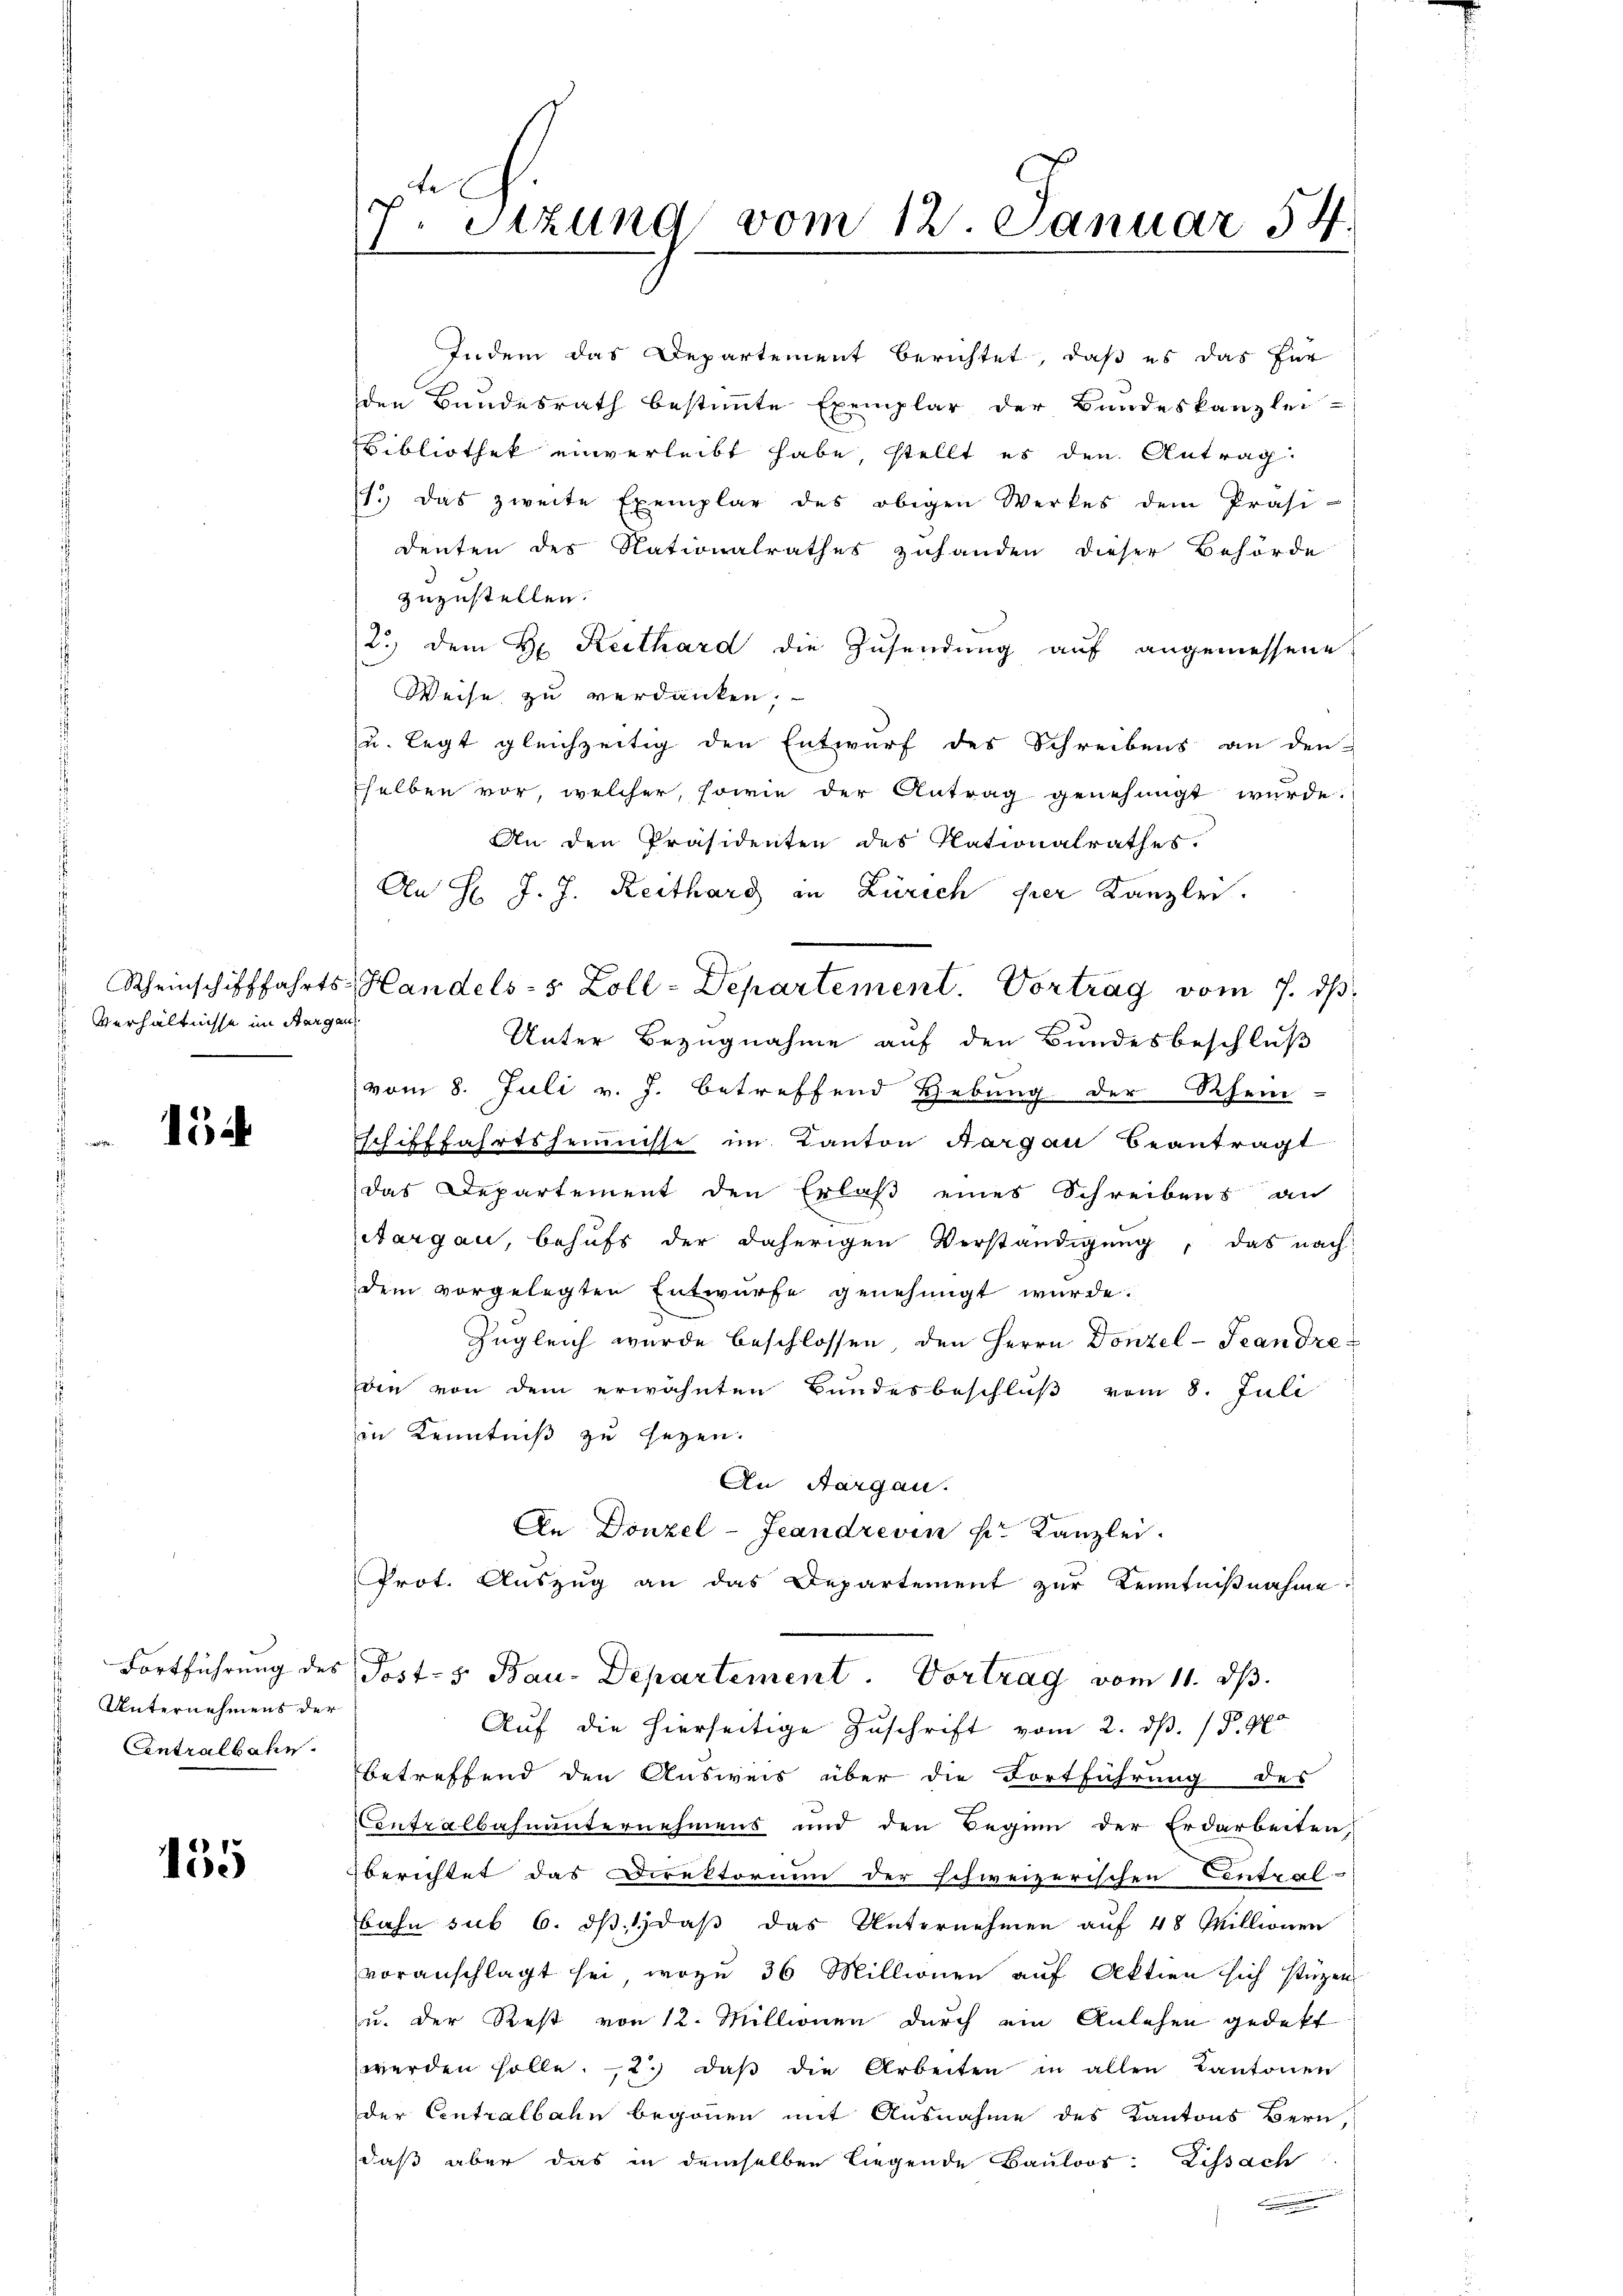
Verhältnisse im Sargau

1

Unternehmens der
Antralbahn.

135

de
7. Sitzung vom 12. Januar 54.

Indem das Departement berichtet, daß es das Par
den Bundesrath bestimmte Exemplar der Bundeskanzlei-
Bibliothek einverleibt habe, stellt es den Antrag.
7.) Das zweite Exemplar des obigen Werkes dem Präsi-
denten des Nationalrathes zuhanden dieser Behörde
zuzustellen.
2.) dem H: Reithard die Zusendung auf angemessene
Weise zu verdanken,
u. legt gleichzeitig den Entwurf des Schreibens an den
selben vor, welcher, sowie der Antrag genehmigt wurde.
An den Präsidenten des Nationalrathes.
An H. J. J. Reithard in Zürich per Kanzlei.
Unter Bezugnahme auf den Bundesbeschluß
(vom 8. Juli v. J. betreffend Hebung der Rhein-
schifffahrtsheimnisse im Kanton Aargau beantragt
das Departement den Erlaß eines Schreibens an
Aargau, behufs der daherigen Verständigung, das nach
dem vorgelegten Entwürfe genehmigt wurde.
Zugleich wurde beschlossen, den Herrn Donzel-Teandre
Die von dem erwähnten Bundesbeschluß vom 8. Juli
in Kenntniß zu sezen.
An Aargau.
An Donzel-Jeandrevin pr. Kanzlei.
Prot. Auszug an das Departement zur Kenntnißnahme.
Fortführung des Post- & Bau-Departement. Vortrag vom 11. dβ.
Aŭf die hierseitige Zŭschrift vom 2. d. 15. 90
betreffend den Ausweis über die Fortführung des
Contralbahnunternehmens und den Beginn der Erdarbeiten
Eberichtet das Direktorium der schweizerischen Central-
bahn sub 6. ds., daß das Unternehmen auf 48 Millionen
voranschlagt sei, wozu 36 Millionen aŭf Aktien sich stüzen
u. der Rest von 12. Millionen durch ein Anlehen gedekt
werden solle. 2. daβ die Arbeiten in allen Kantonen
der Centralbahn begonnen mit Ausnahme des Kantons Bern,
daß aber das in demselben liegende Bauloos: Lissach
n

Rheinschifffahrts-Handels-s Zoll-Departement. Vortrag vom 7. dβ.